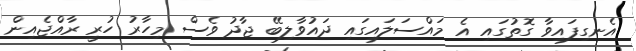
އެނގިފައިވާ ގޮތުގައި އެ މައްސަލައިގައި ދައުވާލިބޭ ޖާދު ވެސް މިހާރު ހުރީ ރާއްޖެއިން